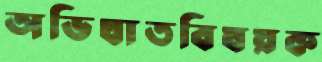
অভিঘাতবিষয়ক